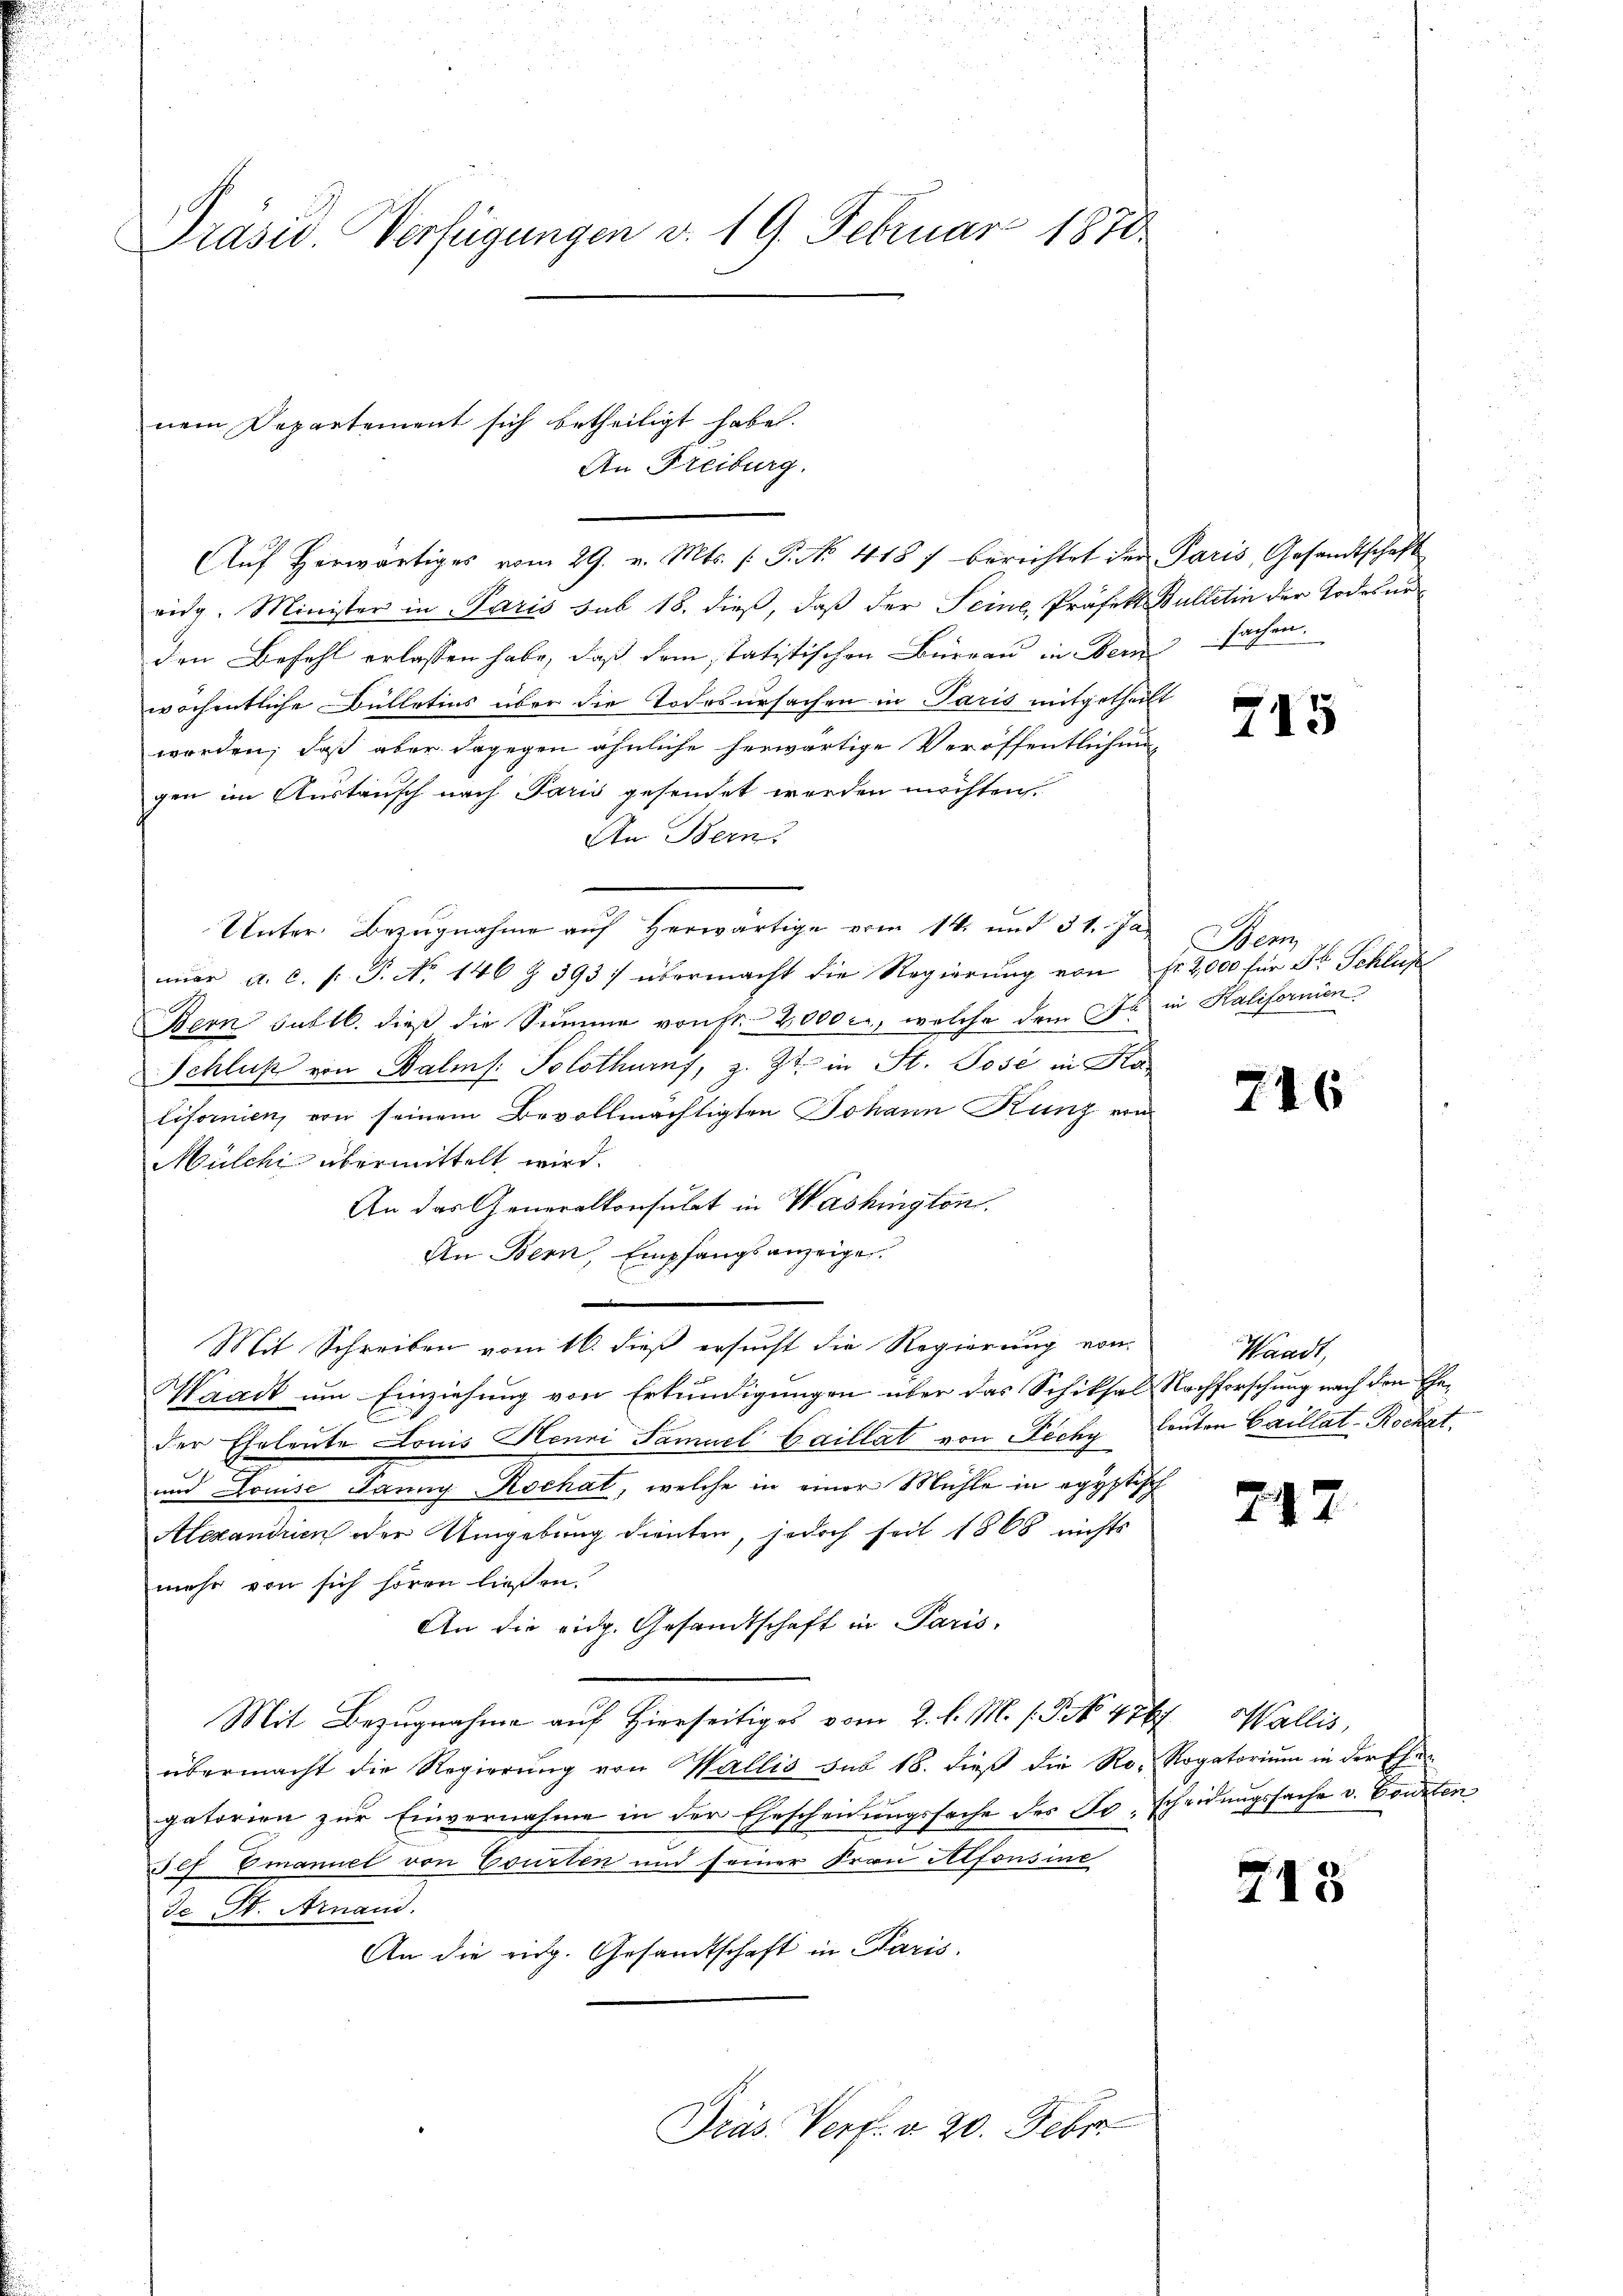
Präsid. Verfügungen v. 19. Februar 1870

nem Departement sich betheiligt habe.
An Freiburg.

Aŭf herwärtiges vom 29. v. Mts. (: P. No. 418 f berichtet der Paris, Gesandtschaft
vidg. Minister in Paris sub 18. dieß, daß der Seine, Präfekt Bulletin der Todesurden Befehl erlassen habe, daß dem statistischen Bureau in Bern sachen.
wöchentliche Bülletins über die Todesursachen in Paris mitgetheilt
worden, daß aber dagegen ähnliche herwärtige Veröffentlichen
gen im Austausch nach Paris gesendet werden möchten.
An Bern.
Unter Bezugnahme auf herwärtige vom 14. und 31. Ja
ner a. c. f. P. No 146 Z. 393/ übermacht die Regierung von Fr. 2,000 für Fr. Schluß
Bern subtl. dieß die Summe von Nr. 2000 c., welche dem Da in Kalifornien
Schluß von Balms. Solothurns, z. Zt. in St. Posé in Kalifornien, von seinem Bevollmächtigten Johann Kunz von
Mülchi übermittelt wird.
An das Generalkonsulat in Washington.
An Bern, Empfangsanzeigen.
.
Mit Schreiben vom 16. dieß ersucht die Regierung von
Waadt um Einziehung von Erkundigungen über das Schiksal Nachforschung nach den Eheder Eheleute Louis Henni Famuel Caillat von Ficky lauten Carillat-Rochat
und Louise Janung Rochat, welche in einer Mühle in egyptisch
Alexandrin oder Umgebung dienten, jedoch seit 1868 nichts
mehr von sich hören ließen.
An die eidg. Gesandtschaft in Paris
Mit Bezugnahme auf hierseitiges vom 2. l. M. s. S. 476, Wallis,
übermacht die Regierung von Wallis sub 18. dieß die Ro- Rogatorium in der Ehe
gatorien zur Einvernahme in der Ehescheidungssache des Fr. Scheidungssache v. Bouzten
Jef Emanuel von Courten und seiner Frau Alfonsine
de St. Arnand.
An die eidg. Gesandtschaft in Paris.

Präs. Verf. v. 20. Febr

715

Ben

246

Handt

747.

713